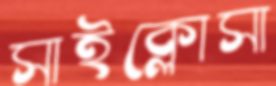
সাইক্লোসা